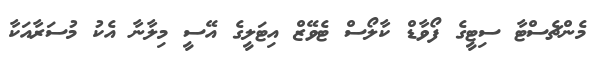
މެންޗެސްޓާ ސިޓީގެ ފޯވާޑް ކާލޯސް ޓެވޭޒް އިޓަލީގެ އޭސީ މިލާނާ އެކު މުސަރާއަކާ